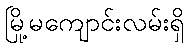
မြို့မကျောင်းလမ်းရှိ